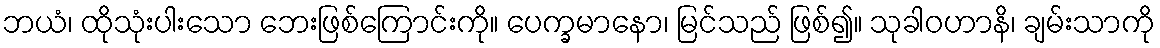
ဘယံ၊ ထိုသုံးပါးသော ဘေးဖြစ်ကြောင်းကို။ ပေက္ခမာနော၊ မြင်သည် ဖြစ်၍။ သုခါဝဟာနိ၊ ချမ်းသာကို